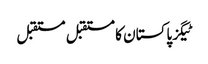
ٹیگزپاکستان کا مستقبل مستقبل